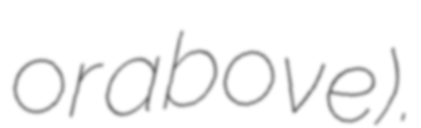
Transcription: or above).